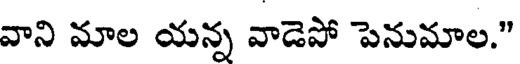
వాని మాల యన్న వాడెపో పెనుమాల."